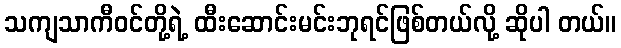
သကျသာကီဝင်တို့ရဲ့ ထီးဆောင်းမင်းဘုရင်ဖြစ်တယ်လို့ ဆိုပါ တယ်။